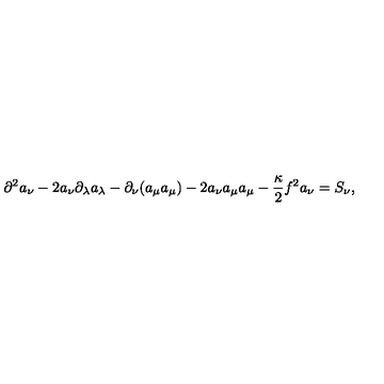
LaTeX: \partial ^ { 2 } a _ { \nu } - 2 a _ { \nu } \partial _ { \lambda } a _ { \lambda } - \partial _ { \nu } ( a _ { \mu } a _ { \mu } ) - 2 a _ { \nu } a _ { \mu } a _ { \mu } - \frac { \kappa } { 2 } f ^ { 2 } a _ { \nu } = S _ { \nu } ,